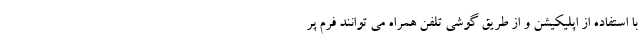
با استفاده از اپلیکیشن و از طریق گوشی تلفن همراه می توانند فرم پر